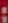
: